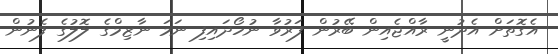
އެގޮތަށް އެދުނީ ރާއްޖެއިން ބޭރުން ފަރުވާ ނުހޯދައިފި ނަމަ ނާޒިމްގެ ލޮލުގެ ފެނުން